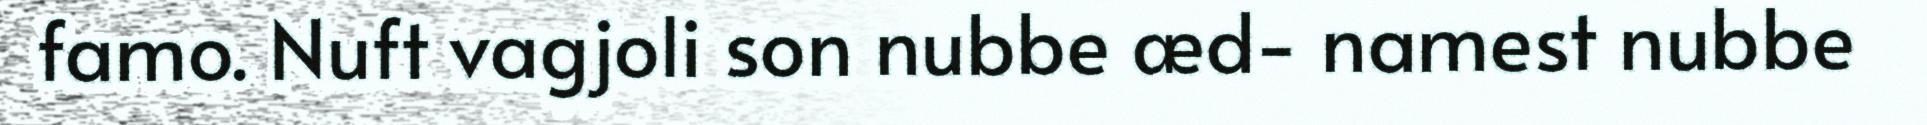
famo. Nuft vagjoli son nubbe æd- namest nubbe